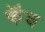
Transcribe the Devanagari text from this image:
कॅब